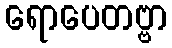
ရောပေတဗ္ဗာ